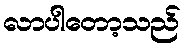
လာပါတော့သည်